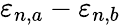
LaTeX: \varepsilon_{n,a}-\varepsilon_{n,b}